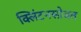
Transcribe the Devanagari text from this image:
क्लिंटनसोबत